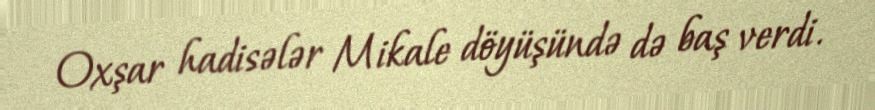
Oxşar hadisələr Mikale döyüşündə də baş verdi.